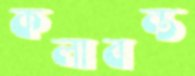
কলাবন্ত